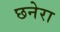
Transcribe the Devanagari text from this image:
छनेरा